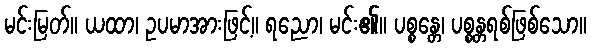
မင်းမြတ်။ ယထာ၊ ဥပမာအားဖြင့်။ ရညော၊ မင်း၏။ ပစ္စန္တေ၊ ပစ္စန္တရစ်ဖြစ်သော။